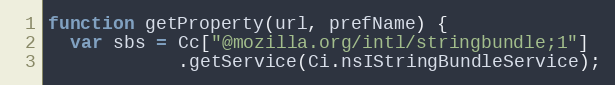
Language: JavaScript
function getProperty(url, prefName) {
  var sbs = Cc["@mozilla.org/intl/stringbundle;1"]
            .getService(Ci.nsIStringBundleService);